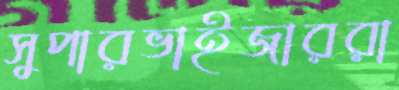
সুপারভাইজাররা